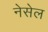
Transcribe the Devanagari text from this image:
नेसेल